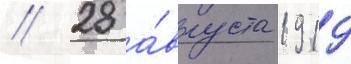
// 28 а́вгуста 1919